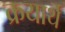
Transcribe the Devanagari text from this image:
क्रयार्थ